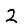
Digit: 2